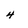
Character: 4